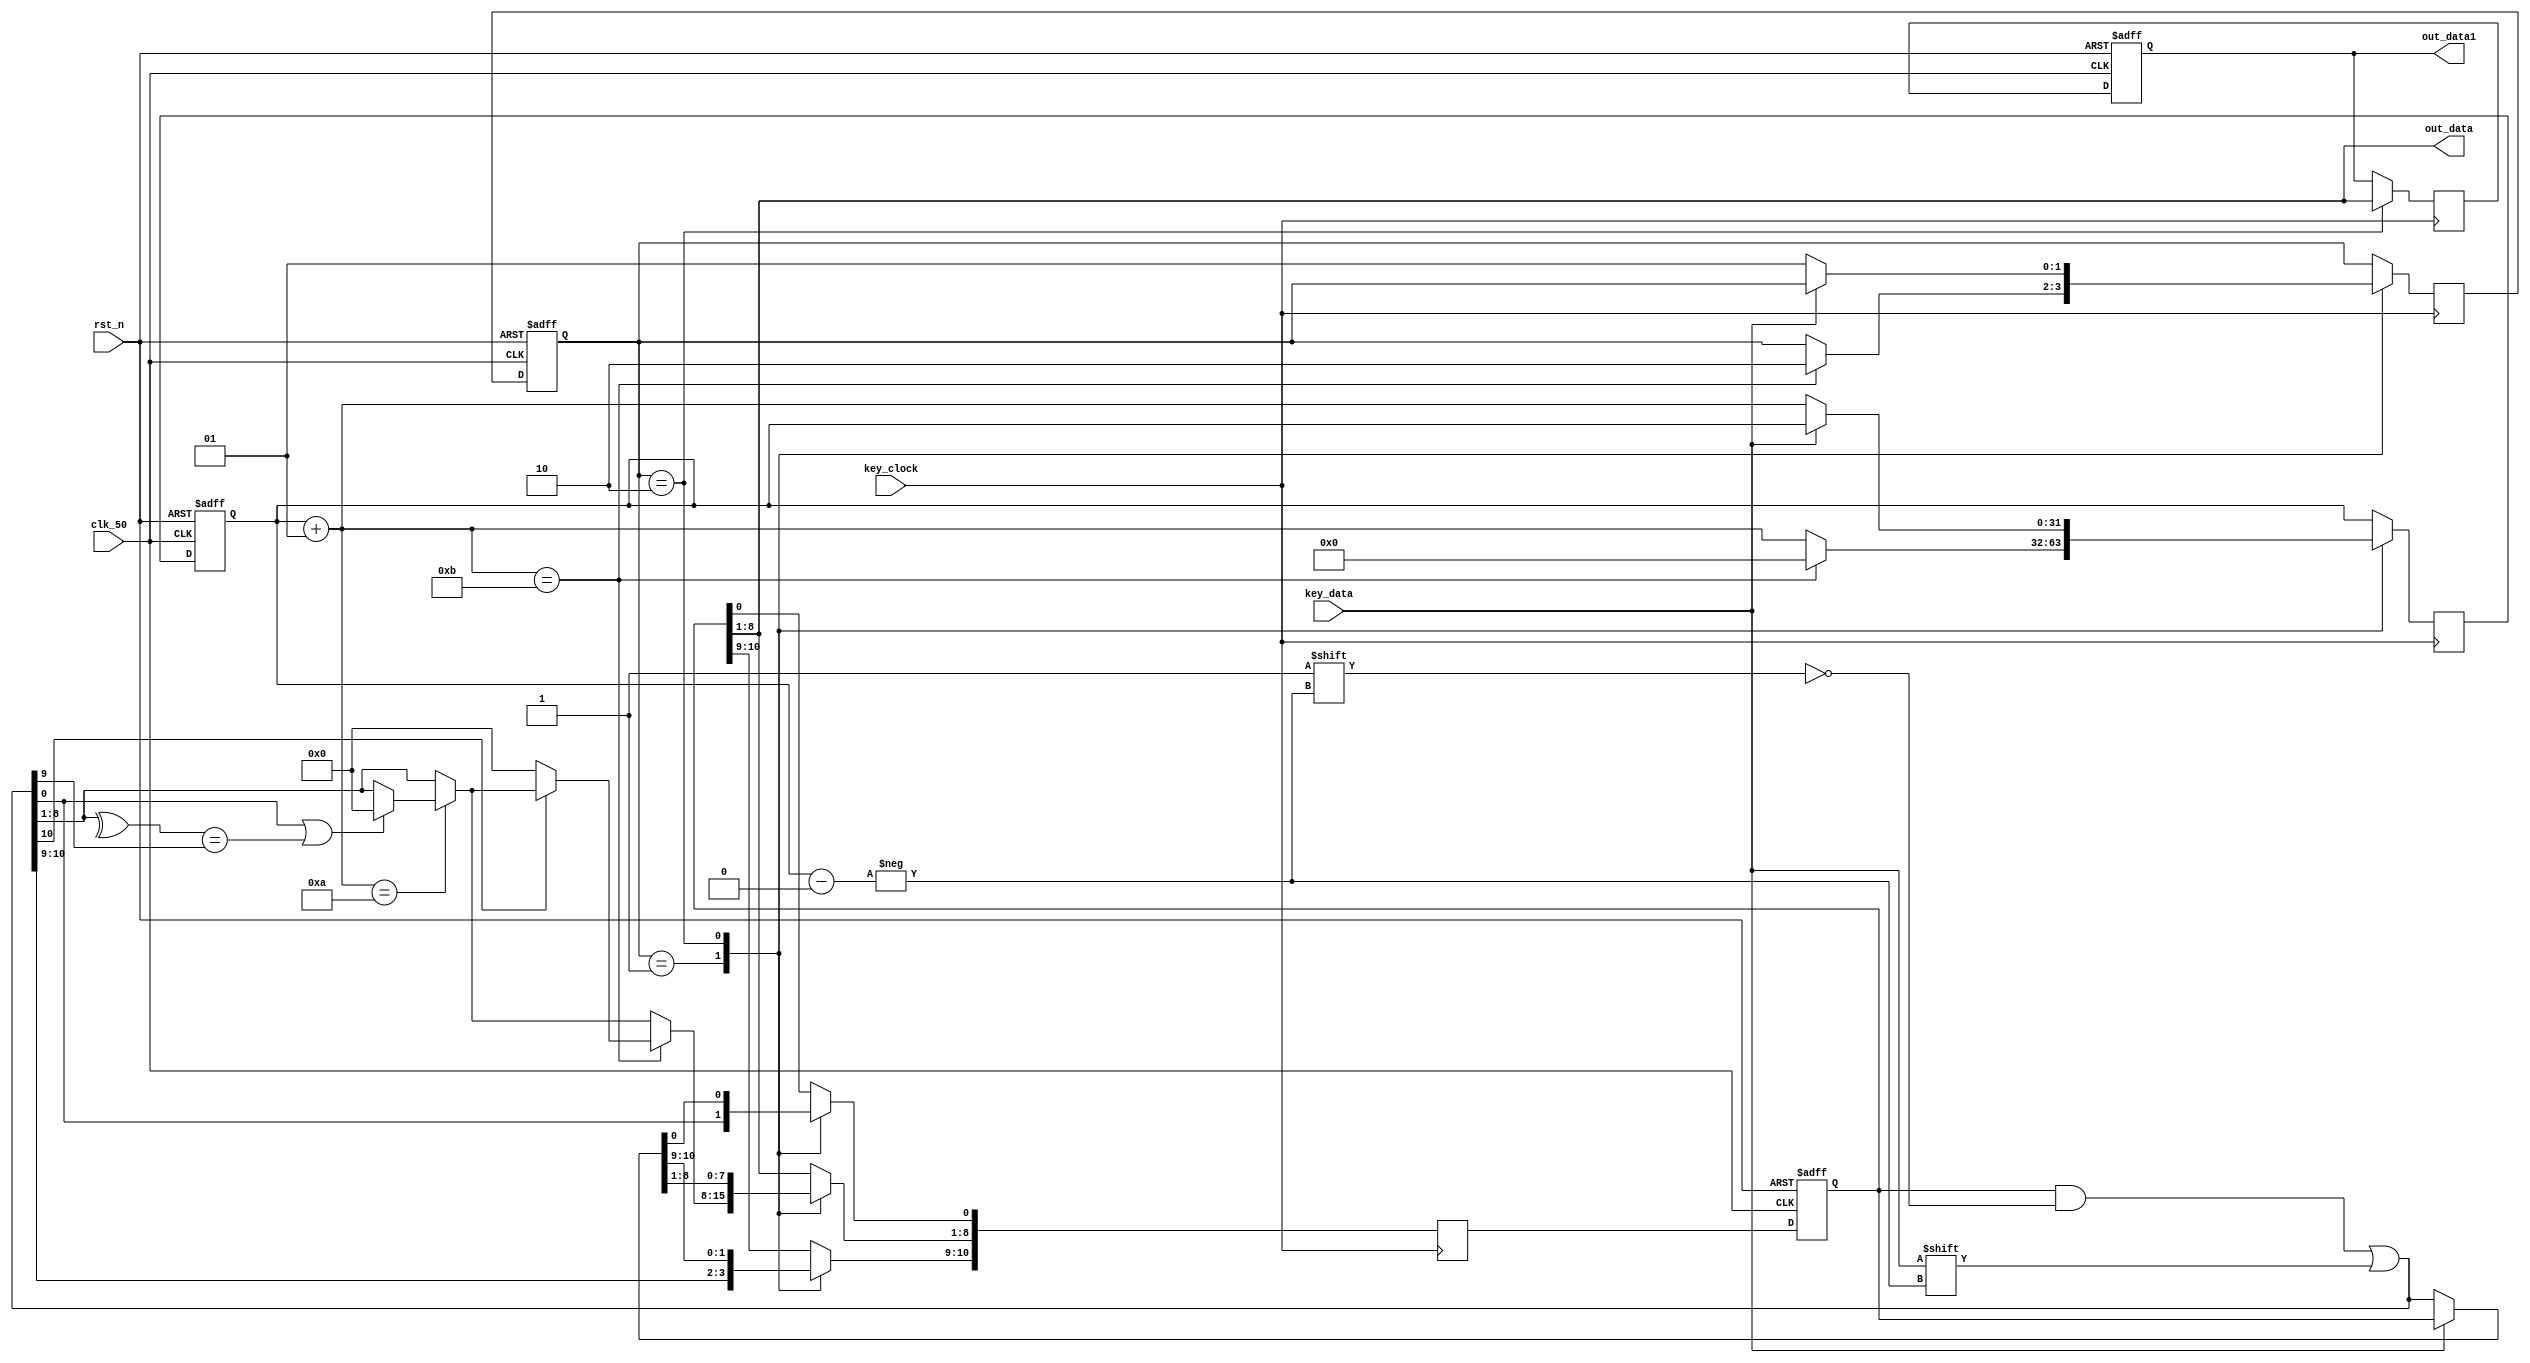
module ps2(input clk_50,
           input rst_n,
           input key_clock,
           input key_data,
           output [7:0] out_data,
           output [7:0] out_data1);
    
    reg [7:0] outdata_reg1, outdata_next1;
    assign out_data1 = outdata_reg1;
    
    
    
    integer index_reg, index_next;
    reg [10:0] outdata_reg, outdata_next;
    
    assign out_data = outdata_reg[8:1];
    
    
    reg [1:0] state_reg, state_next;
    localparam load = 1;
    localparam stop = 2;
    
    always @(posedge clk_50, negedge rst_n) begin
        if (!rst_n) begin
            
            index_reg    <= 0;
            outdata_reg  <= 11'd0;
            outdata_reg1 <= 11'd0;
            
            state_reg <= stop;
        end
        else begin
            
            index_reg    <= index_next;
            outdata_reg  <= outdata_next;
            outdata_reg1 <= outdata_next1;
            
            state_reg <= state_next;
        end
    end
    
    always @(negedge key_clock) begin
        
        index_next    = index_reg;
        outdata_next  = outdata_reg;
        outdata_next1 = outdata_reg1;
        
        state_next = state_reg;
        
        
        case (state_reg)
            load: begin
                
                outdata_next[index_reg] = key_data;
                index_next              = index_reg + 1;
                
                if (index_next == 10)begin
                    
                    if (outdata_next[0]||(^outdata_next[8:1]) == outdata_next[9]) begin
                        //error
                        outdata_next[8:1] = 8'b00000000;
                        
                    end
                end
                
                if (index_next == 11) begin
                    state_next = stop;
                    index_next = 0;
                    
                    if (!outdata_next[10]) begin
                        //error
                        outdata_next[8:1] = 8'b00000000;
                        
                    end
                    
                    
                end
            end
            
            stop: begin
                
                outdata_next1 = outdata_reg[8:1];
                
                if (!key_data) begin
                    outdata_next[index_reg] = key_data;
                    index_next              = index_reg + 1;
                    state_next              = load;
                end
                
            end
            
            
        endcase
        
    end
    
    
endmodule